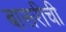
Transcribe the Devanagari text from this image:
बासरीची